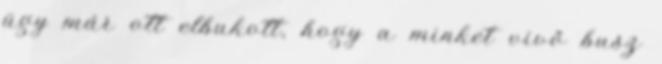
ügy már ott elbukott, hogy a minket vivő busz